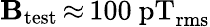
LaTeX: \mathbf{B}_{\mathrm{{test}}}\, {\approx}\, 100~\mathrm{{pT_{rms}}}